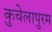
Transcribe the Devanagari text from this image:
कुचेलापुरम